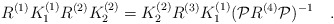
\begin{align*}R^{(1)}K^{(1)}_1R^{(2)}K^{(2)}_2=K^{(2)}_2R^{(3)}K^{(1)}_1({\cal P}R^{(4)}{\cal P})^{-1} \quad.\end{align*}